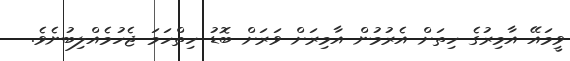
ވީމައޭ އާމިރުގެ ހިތަށް އެރުމުން އާމިރަށް ވަރަށް ބޮޑު ހިތްހަމަ ޖެހުމެއްލިބުނެވެ.